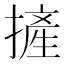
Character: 摌